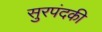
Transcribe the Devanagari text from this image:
सुरपंदकी